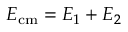
E _ { \mathrm { c m } } = E _ { 1 } + E _ { 2 }